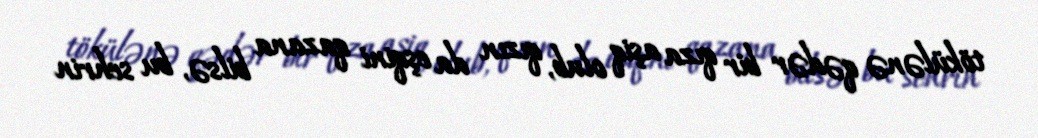
tökülənə qədər bir qıza aşiq olub, qızın da eşqini qazana bilsə, bu sehrin